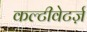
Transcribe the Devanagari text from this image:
कल्टीवेटर्ज़